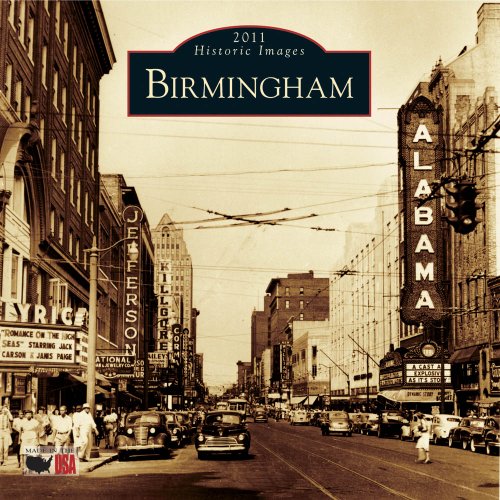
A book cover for Birmingham 2011 Calendar (Calendars of America); Tim Hollis; Travel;